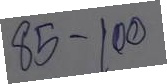
85 - 100